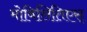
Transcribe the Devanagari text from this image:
मोबिलितिएस्